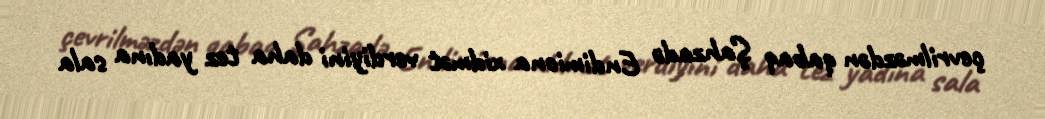
çevrilməzdən qabaq Şahzadə Endimiona xidmət verdiyini daha tez yadına sala